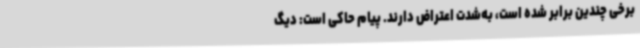
برخی چندین برابر شده است، به‌شدت اعتراض دارند. پیام حاکی است: دیگ